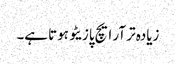
زیادہ تر آر ایچ پازیٹو ہوتا ہے۔